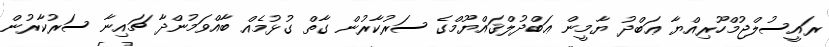
ރައީސުލްޖުމްހޫރިއްޔާ ޢަބްދު ޔާމީން ޢަބްދުލްޤައްޔޫމްގެ ސަރުކާރުން ގާތް ގުޅުމެއް ބާއްވަމުންދާ ޗައިނާ ސަރުކާރުން